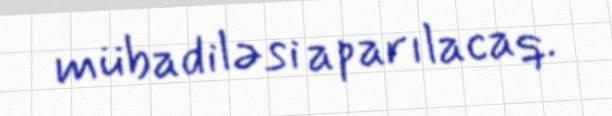
mübadiləsi aparılacaq.